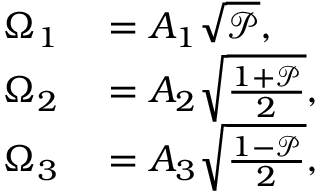
\begin{array} { r l } { \Omega _ { 1 } } & { { } = A _ { 1 } \sqrt { \mathcal { P } } , } \\ { \Omega _ { 2 } } & { { } = A _ { 2 } \sqrt { \frac { 1 + \mathcal { P } } { 2 } } , } \\ { \Omega _ { 3 } } & { { } = A _ { 3 } \sqrt { \frac { 1 - \mathcal { P } } { 2 } } , } \end{array}